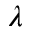
\lambda